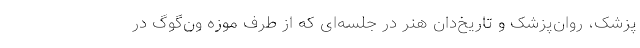
پزشک، روان‌پزشک و تاریخ‌دان هنر در جلسه‌ای که از طرف موزه ون‌گوگ در